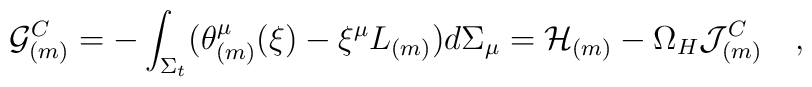
{\cal G}^C_{(m)}=-\int_{\Sigma_t}(\theta_{(m)}^\mu(\xi)-\xi^\mu L_{(m)})d\Sigma_\mu={\cal H}_{(m)}-\Omega_H{\cal J}_{(m)}^C~~~,